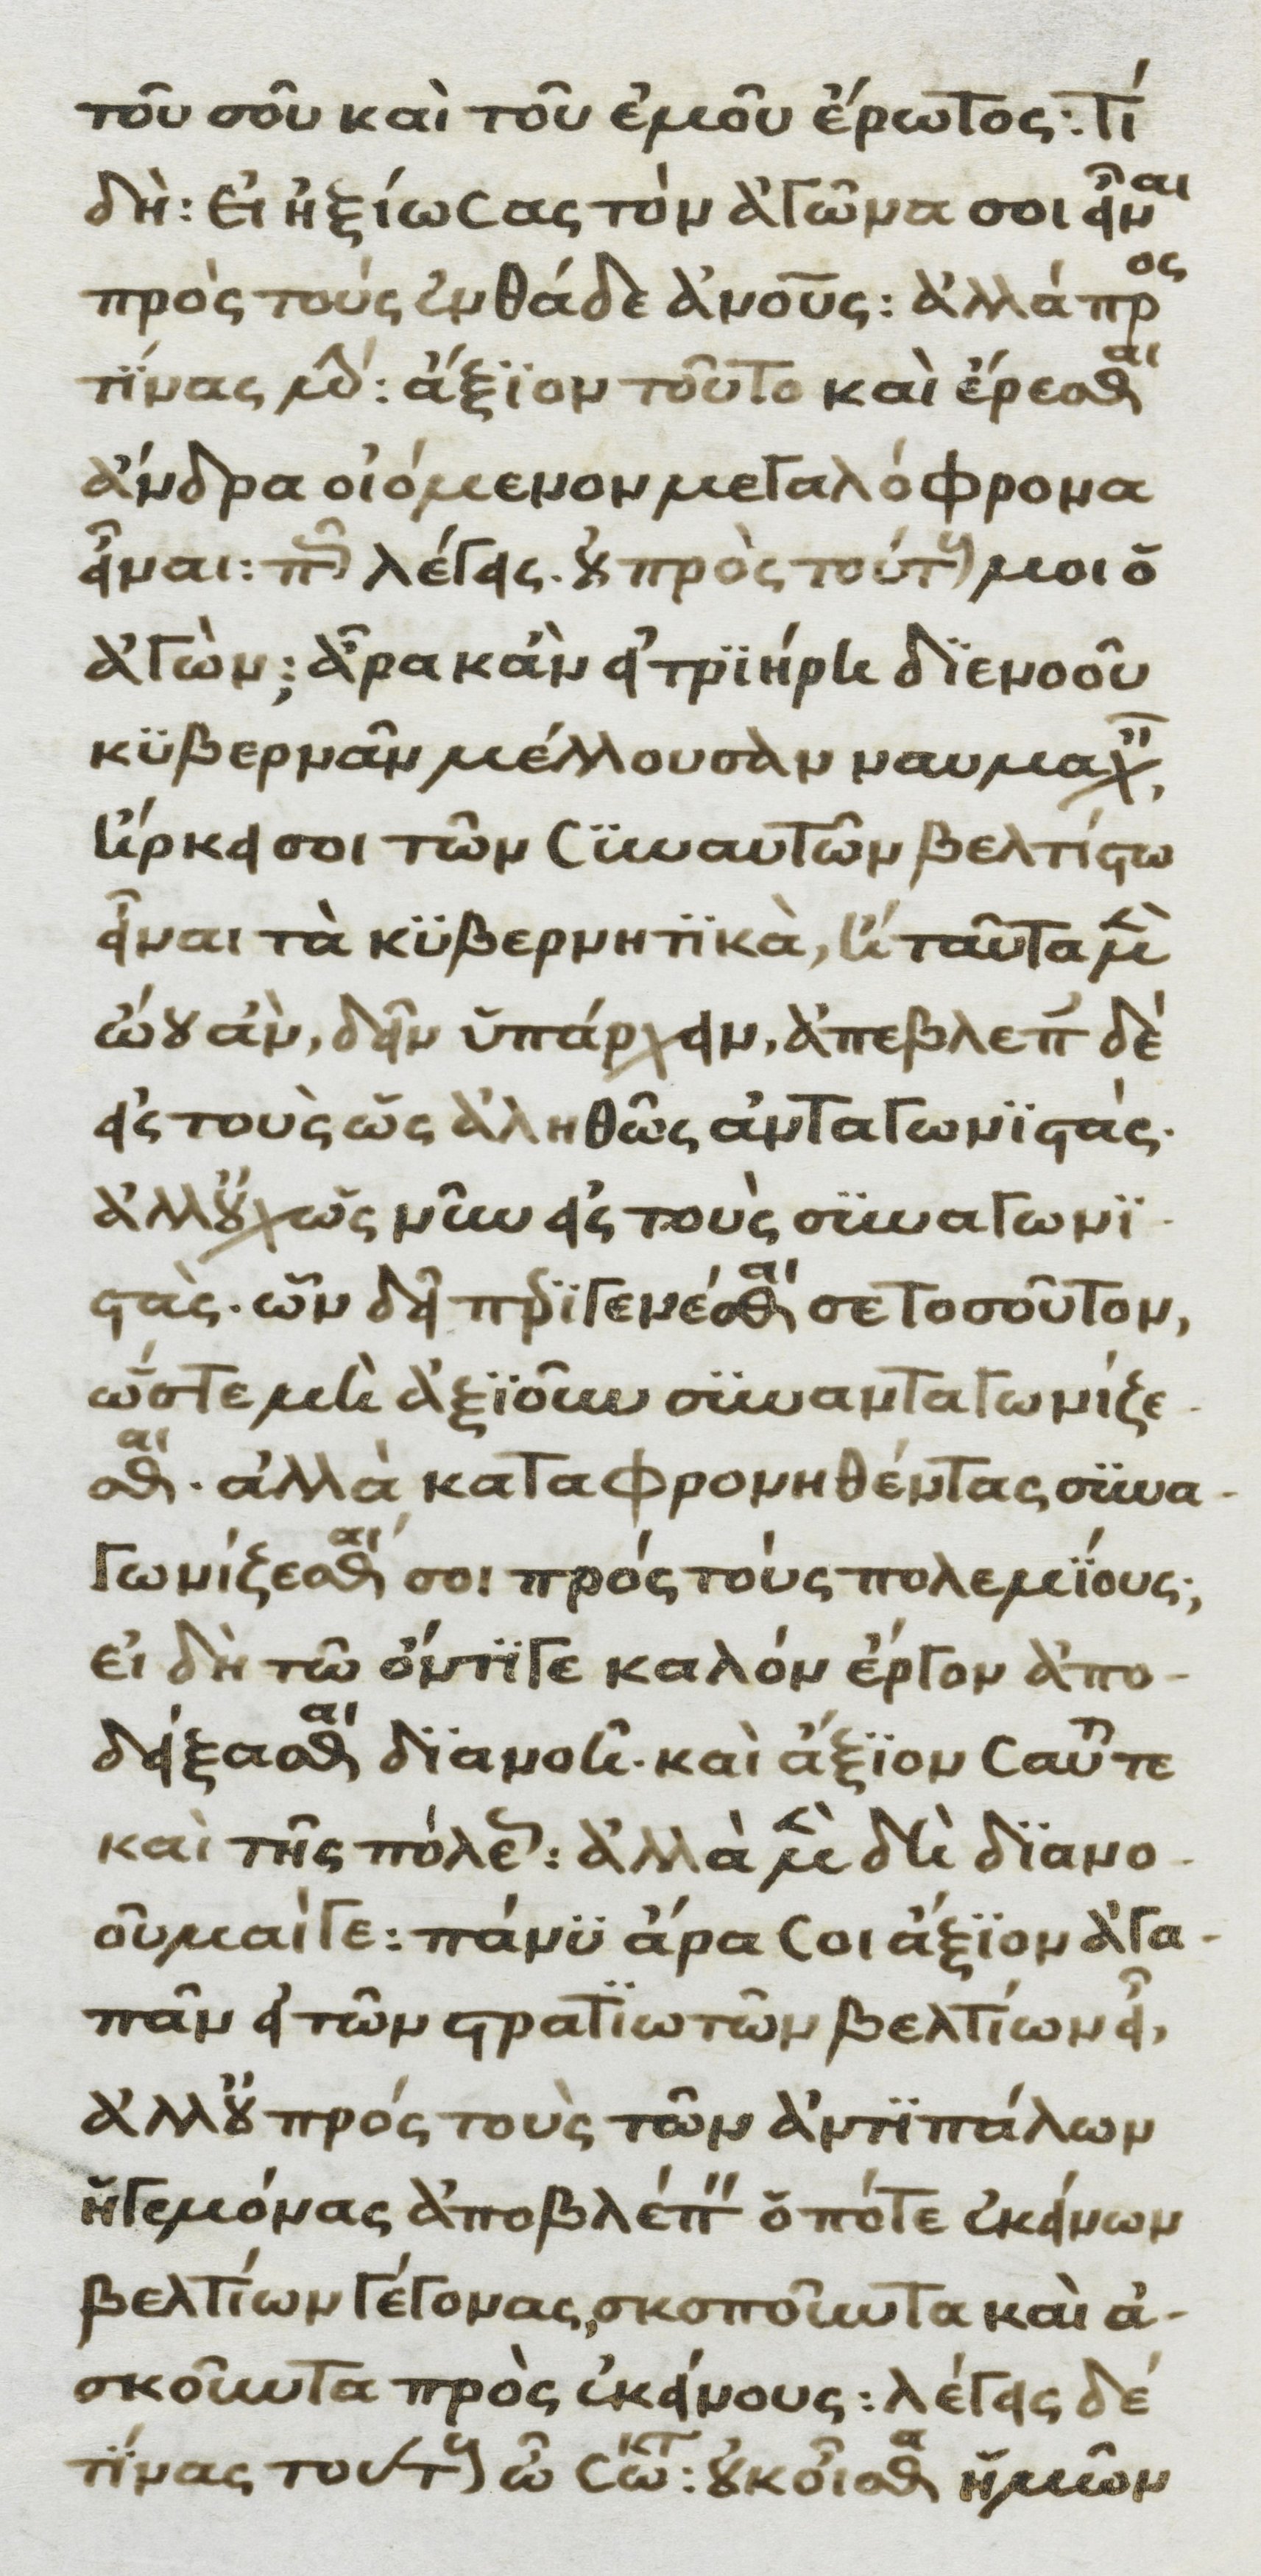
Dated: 1370–1430